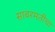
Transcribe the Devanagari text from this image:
साबरमतीचा